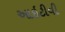
આઇટીવી